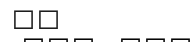
٥٥